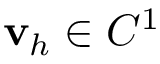
{ \mathbf v } _ { h } \in C ^ { 1 }